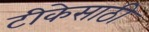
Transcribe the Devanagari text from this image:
टीकेसाठी